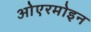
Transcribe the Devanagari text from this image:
ओएरमोइन